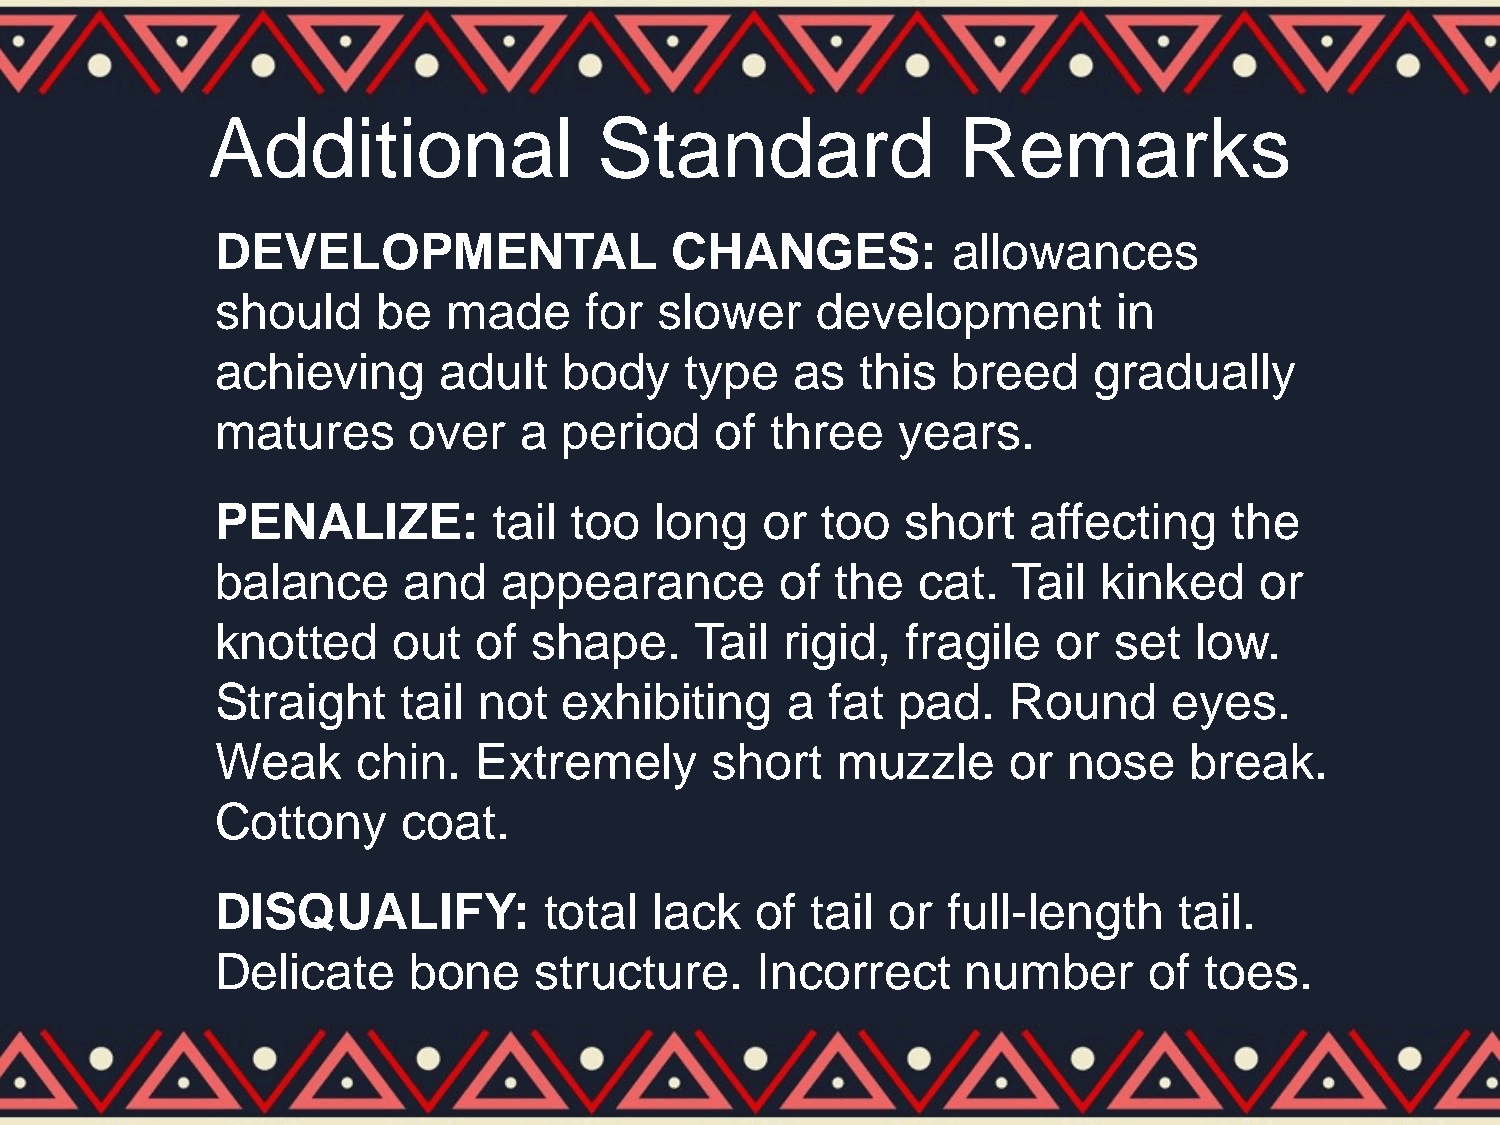
Additional                Standard               Remarks
 DEVELOPMENTAL                 CHANGES:           allowances
 should     be   made     for  slower    development         in
 achieving      adult   body    type    as  this  breed    gradually
 matures      over   a  period    of  three   years.
 PENALIZE:          tail too  long   or  too   short   affecting    the
 balance      and   appearance         of the   cat.  Tail  kinked    or
 knotted     out   of shape.     Tail  rigid,  fragile   or  set  low.
 Straight     tail not  exhibiting     a  fat pad.    Round      eyes.
 Weak      chin.  Extremely       short   muzzle      or  nose    break.
 Cottony      coat.
 DISQUALIFY:           total  lack   of  tail or  full-length    tail.
 Delicate     bone    structure.     Incorrect     number      of  toes.